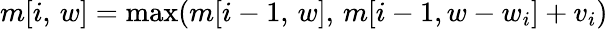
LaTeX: m[i,\, w]=\operatorname*{max}(m[i-1,\, w],\, m[i-1,w-w_{i}]+v_{i})